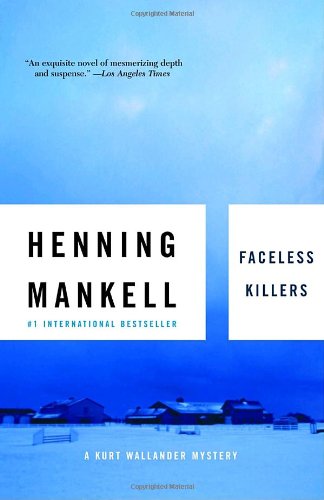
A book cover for Faceless Killers; Henning Mankell; Mystery, Thriller & Suspense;